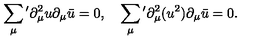
\sum _ { \mu } { } ^ { \prime } \partial _ { \mu } ^ { 2 } u \partial _ { \mu } \bar { u } = 0 , \quad \sum _ { \mu } { } ^ { \prime } \partial _ { \mu } ^ { 2 } ( u ^ { 2 } ) \partial _ { \mu } \bar { u } = 0 .